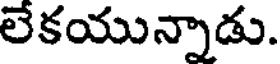
లేకయున్నాడు.